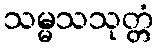
သမ္မသသုတ္တံ